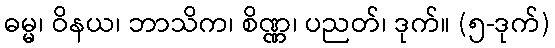
ဓမ္မ၊ ဝိနယ၊ ဘာသိက၊ စိဏ္ဏ၊ ပညတ်၊ ဒုက်။ (၅-ဒုက်)